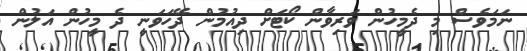
ނަމަވެސް މި ދެމީހުން ވަރިވާން ކޯޓަށް ދިއުމުން ދޭހަވަނީ ދެ މީހުން އަލުން